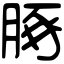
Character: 䐁